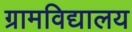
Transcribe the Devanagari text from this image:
ग्रामविद्यालय